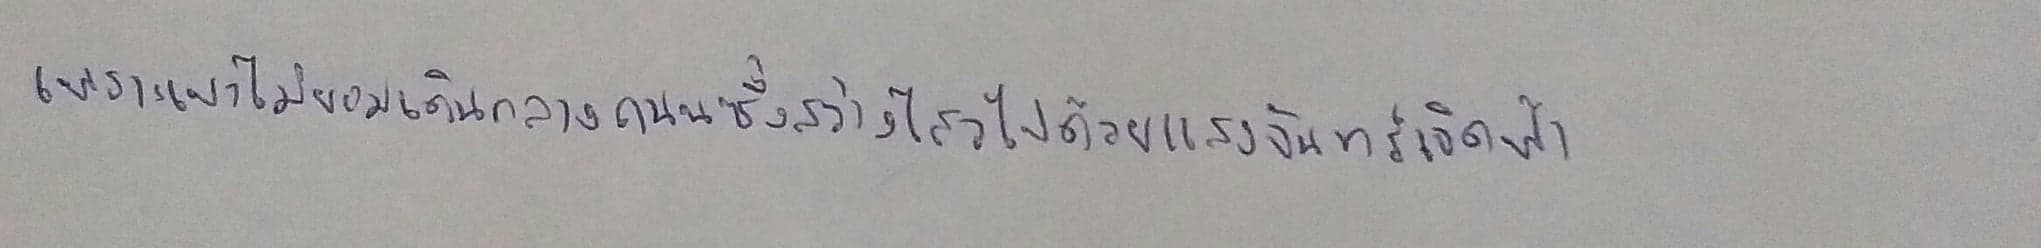
เพราะเขาไม่ยอมเดินกลางถนนซึ่งสว่างไสวไปด้วยแสงจันทร์เจิดฟ้า